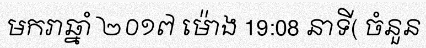
មករាឆ្នាំ ២០១៧ ម៉ោង 19:08 នាទី( ចំនួន